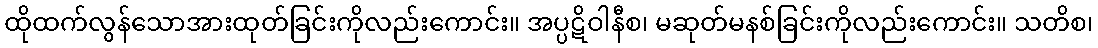
ထိုထက်လွန်သောအားထုတ်ခြင်းကိုလည်းကောင်း။ အပ္ပဋိဝါနီစ၊ မဆုတ်မနစ်ခြင်းကိုလည်းကောင်း။ သတိစ၊